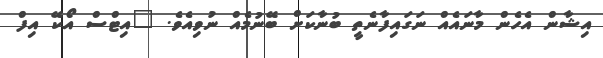
އިޝާން އެހެން މާނައެއް ނަގައިފާނެތީ ބުނާކަށް ބޭނުމެއް ނުވިއެވެ. "އިޓްސް އޯކޭ އިފް